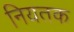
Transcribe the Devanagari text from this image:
नियतक